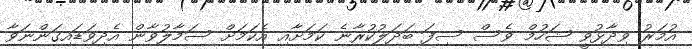
އުމަރު ވިދާޅުވީ ޝަހުމް ވެސް ސިފަ ބަދަލުކުރާނެ ކަމަށާއި އެކަމަށް ސަމާލުވާން އެދިވަޑައިގަންނަވާ